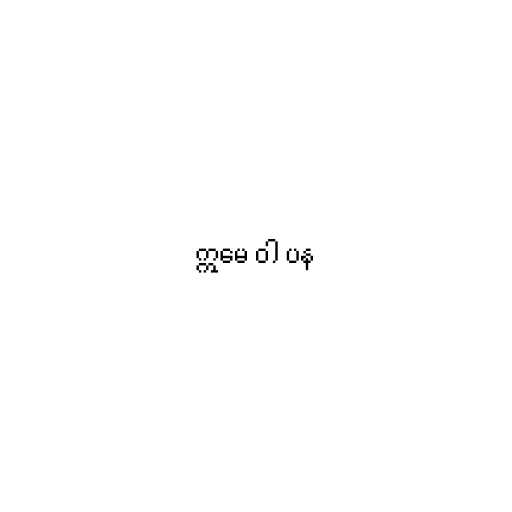
ဣမေ ဝါ ပန